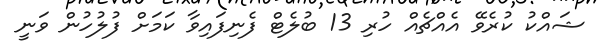
ޝައްކު ކުރެވޭ އެއްޗެއް ހުރި 13 ބުލެޓް ފެނިފައިވާ ކަމަށް ފުލުހުން ވަނީ